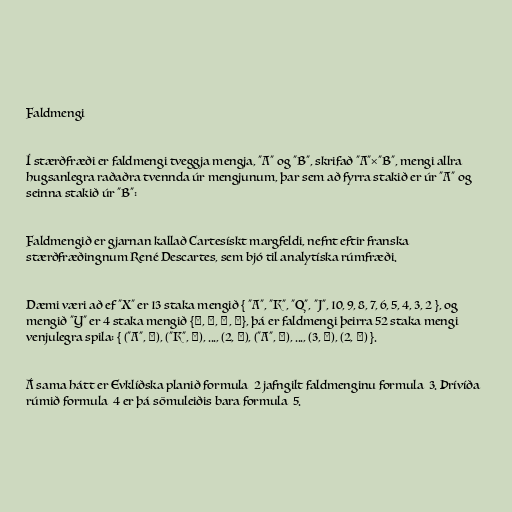
Faldmengi

Í stærðfræði er faldmengi tveggja mengja, "A" og "B", skrifað "A"×"B", mengi allra
hugsanlegra raðaðra tvennda úr mengjunum, þar sem að fyrra stakið er úr "A" og
seinna stakið úr "B":

Faldmengið er gjarnan kallað Cartesískt margfeldi, nefnt eftir franska
stærðfræðingnum René Descartes, sem bjó til analytíska rúmfræði.

Dæmi væri að ef "X" er 13 staka mengið { "A", "K", "Q", "J", 10, 9, 8, 7, 6, 5, 4, 3, 2 }, og
mengið "Y" er 4 staka mengið {♠, ♥, ♦, ♣}, þá er faldmengi þeirra 52 staka mengi
venjulegra spila: { ("A", ♠), ("K", ♠), ..., (2, ♠), ("A", ♥), ..., (3, ♣), (2, ♣) }.

Á sama hátt er Evklíðska planið formula_2 jafngilt faldmenginu formula_3. Þrívíða
rúmið formula_4 er þá sömuleiðis bara formula_5.